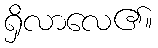
ရှိလာလေ၏။